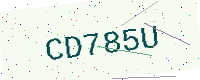
Text: CD785U